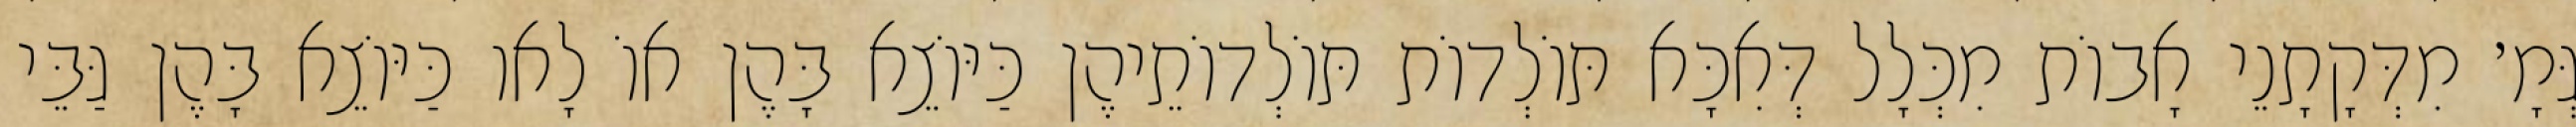
גְּמָ׳ מִדְּקָתָנֵי אָבוֹת מִכְּלָל דְּאִכָּא תּוֹלְדוֹת תּוֹלְדוֹתֵיהֶן כַּיּוֹצֵא בָּהֶן אוֹ לָאו כַּיּוֹצֵא בָּהֶן גַּבֵּי